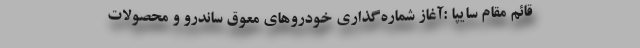
قائم مقام سایپا :آغاز شماره‌گذاری خودروهای معوق ساندرو و محصولات